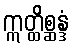
ဣတ္ထိစ္ဆန္ဒံ